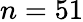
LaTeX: n=51